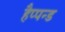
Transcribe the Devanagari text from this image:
हैप्पन्ड